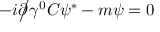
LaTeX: - i { \partial \! \! \! { \big / } } \gamma ^ { 0 } C \psi ^ { * } - m \psi = 0